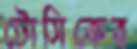
টোসিকের